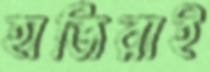
হাজিরাই